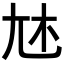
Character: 𡯐